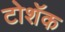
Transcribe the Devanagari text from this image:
टोशॅक